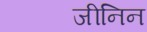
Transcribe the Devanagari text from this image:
जीनिन